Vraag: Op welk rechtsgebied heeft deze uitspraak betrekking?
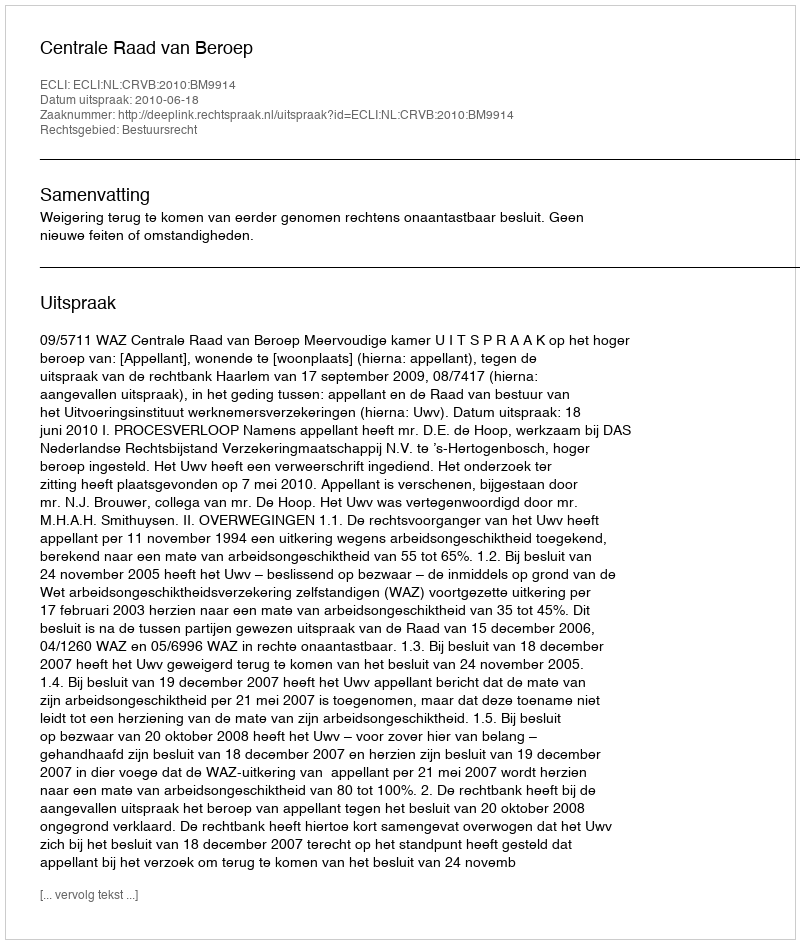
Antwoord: Bestuursrecht